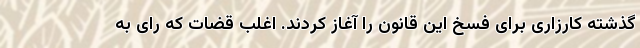
گذشته کارزاری برای فسخ این قانون را آغاز کردند. اغلب قضات که رای به